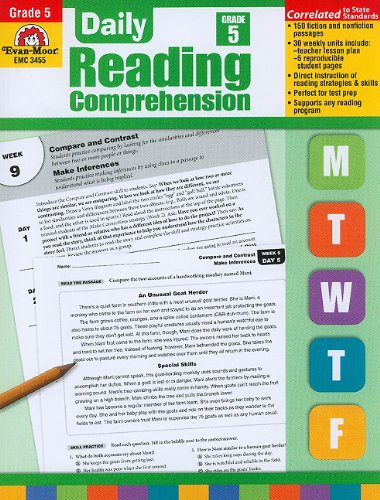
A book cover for Daily Reading Comprehension (Daily Practice Books, Grade 5); Evan Moor; Test Preparation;